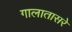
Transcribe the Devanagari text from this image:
गालातासरे